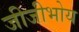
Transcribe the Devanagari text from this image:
जीजीभोय